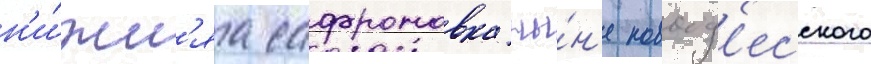
н'и́жн'яа сафроновка ны́н'е новоод'есского